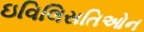
ઇવિલિસતિઓન